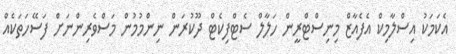
އެކަމަކު އިސްލާމިކް އެފެއާޒް މިނިސްޓްރީން ހަލާލް ސެޓްފިކެޓް ދޫކުރަން ނިންމުމުން މަސްވެރިންނަށް ފަސޭހަތަކެއް